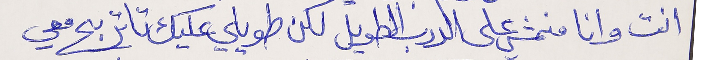
انت وانا منمشي على الدرب الطويل لكن طويلي عليك تا تربح معي